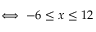
\iff - 6 \leq x \leq 1 2